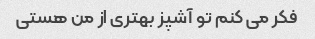
فکر می کنم تو آشپز بهتری از من هستی